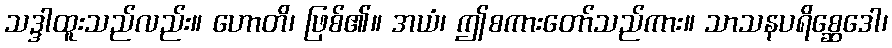
သဒ္ဒါထူးသည်လည်း။ ဟောတိ၊ ဖြစ်၏။ အယံ၊ ဤစကားတော်သည်ကား။ သာသနပရိစ္ဆေဒေါ၊